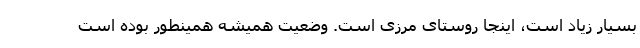
بسیار زیاد است، اینجا روستای مرزی است. وضعیت همیشه همینطور بوده است